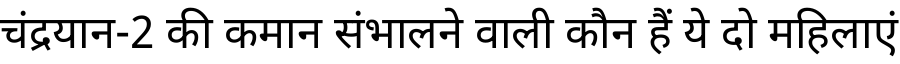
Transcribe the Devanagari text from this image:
चंद्रयान-2 की कमान संभालने वाली कौन हैं ये दो महिलाएं